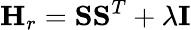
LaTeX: \mathbf{H}_{r}=\mathbf{S}\mathbf{S}^{T}+\lambda\mathbf{I}